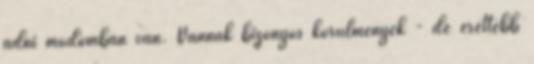
adni módomban van. Vannak bizonyos körülmények - de érettebb